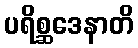
ပရိစ္ဆဒေနာတိ